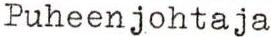
Puheenjohtaja